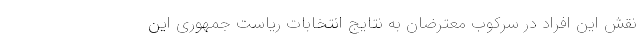
نقش این افراد در سرکوب معترضانِ به نتایج انتخابات ریاست جمهوری این